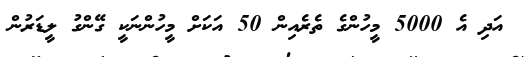
އަދި އެ 5000 މީހުންގެ ތެރެއިން 50 އަކަށް މީހުންނަކީ ގޭންގު ލީޑަރުން